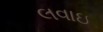
લવાઇ